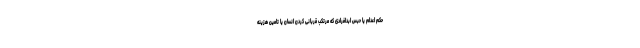
حکم اعدام یا حبس ابدافرادی که مرتکب قربانی کردن انسان یا تامین هزینه